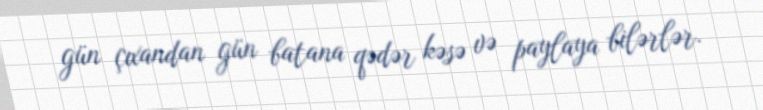
gün çıxandan gün batana qədər kəsə və paylaya bilərlər.